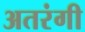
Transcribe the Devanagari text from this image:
अतरंगी